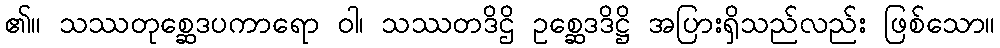
၏။ သဿတုစ္ဆေဒပကာရော ဝါ၊ သဿတဒိဌိ ဥစ္ဆေဒဒိဋ္ဌိ အပြားရှိသည်လည်း ဖြစ်သော။